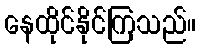
နေထိုင်နိုင်ကြသည်။